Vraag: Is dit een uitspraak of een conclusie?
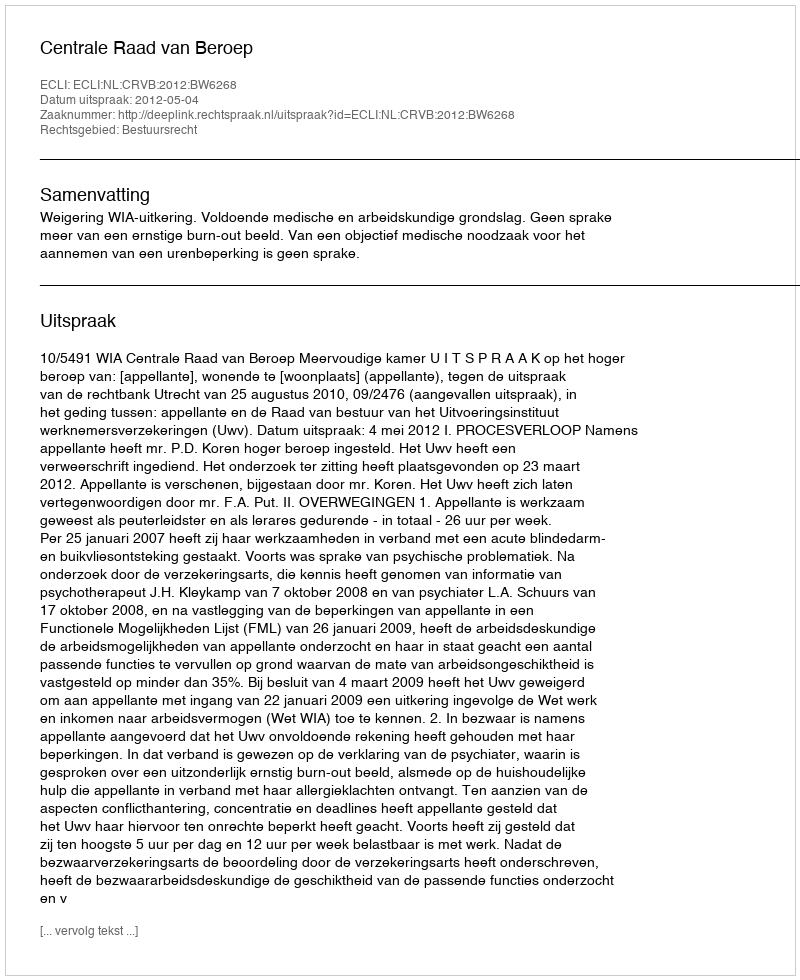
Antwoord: Uitspraak